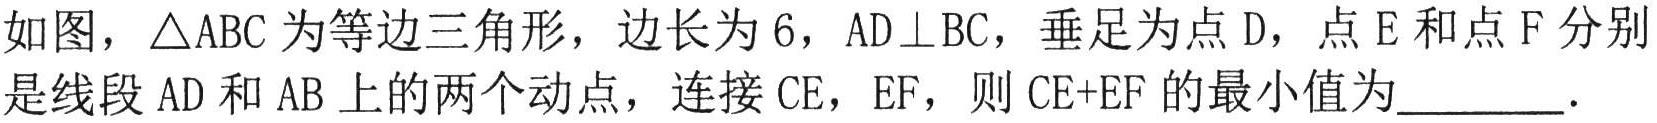
如图，\(\triangle ABC\)为等边三角形，边长为\(6\)，\(AD\perp BC\)，垂足为点\(D\)，点\(E\)和点\(F\)分别是线段\(AD\)和\(AB\)上的两个动点，连接\(CE\)，\(EF\)，则\(CE + EF\)的最小值为  ．